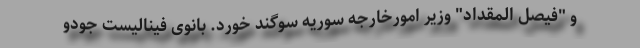
و "فیصل المقداد" وزیر امورخارجه سوریه سوگند خورد. بانوی فینالیست جودو